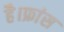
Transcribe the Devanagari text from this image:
है।फ्रांस